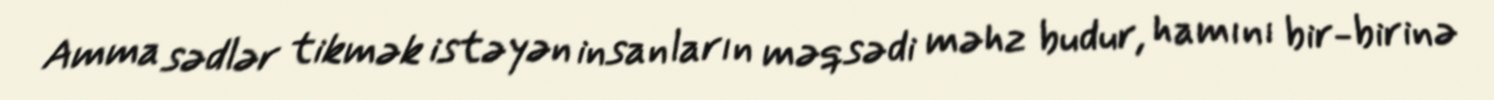
Amma sədlər tikmək istəyən insanların məqsədi məhz budur, hamını bir-birinə